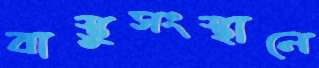
বাস্তুসংস্থানে